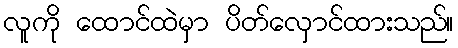
လူကို ထောင်ထဲမှာ ပိတ်လှောင်ထားသည်။